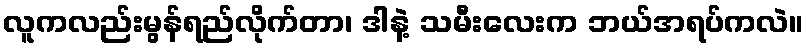
လူကလည်းမွန်ရည်လိုက်တာ၊ ဒါနဲ့ သမီးလေးက ဘယ်အရပ်ကလဲ။